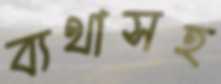
ব্যথাসহ